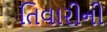
તિવારીની